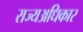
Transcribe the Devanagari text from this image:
राज्यअधिकार